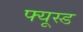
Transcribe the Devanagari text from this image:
फ्यूस्ड